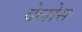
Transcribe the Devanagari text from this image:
वेलोस